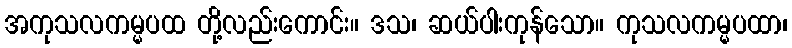
အကုသလကမ္မပထ တို့လည်းကောင်း။ ဒသ၊ ဆယ်ပါးကုန်သော။ ကုသလကမ္မပထာ၊